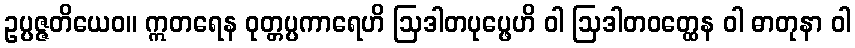
ဥပ္ပဇ္ဇတိယေဝ။ ဣတရေန ဝုတ္တပ္ပကာရေဟိ ဩဒါတပုပ္ဖေဟိ ဝါ ဩဒါတဝတ္ထေန ဝါ ဓာတုနာ ဝါ